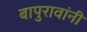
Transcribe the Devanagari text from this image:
बापुरावांनी